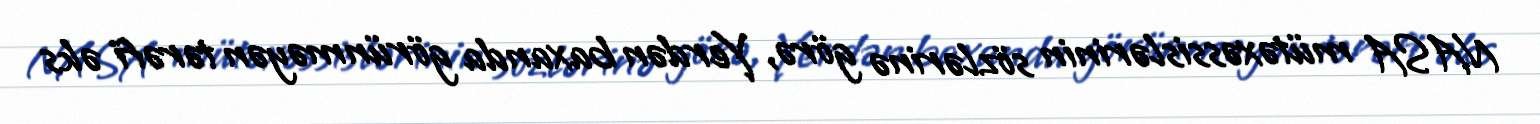
NASA mütəxəssislərinin sözlərinə görə, Yerdən baxanda görünməyən tərəfi əks